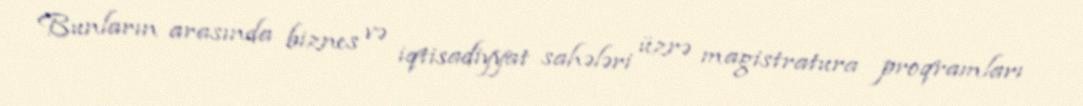
Bunların arasında biznes və iqtisadiyyat sahələri üzrə magistratura proqramları